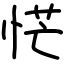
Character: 恾